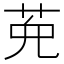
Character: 𦲩